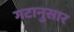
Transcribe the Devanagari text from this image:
गटानुसार